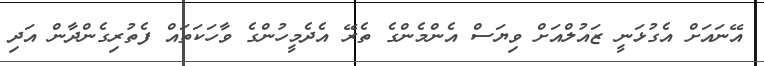
އޭނައަށް އެގުޅަނީ ޒައުލްއަށް ވިޔަސް އެންމެންގެ ތެރޭ އެދެމީހުންގެ ވާހަކަތައް ފެތުރިގެންދާން އަދި